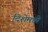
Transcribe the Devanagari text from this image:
दिशेमध्ये